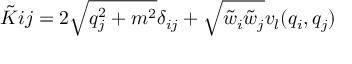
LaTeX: \tilde { K } { i j } = 2 \sqrt { q _ { j } ^ { 2 } + m ^ { 2 } } \delta _ { i j } + \sqrt { \tilde { w } _ { i } \tilde { w } _ { j } } v _ { l } ( q _ { i } , q _ { j } )